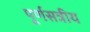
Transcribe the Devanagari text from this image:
पूर्णसत्रीय